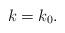
LaTeX: \begin{align*} k=k_0. \end{align*}